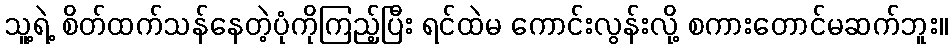
သူ့ရဲ့ စိတ်ထက်သန်နေတဲ့ပုံကိုကြည့်ပြီး ရင်ထဲမ ကောင်းလွန်းလို့ စကားတောင်မဆက်ဘူး။